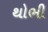
થોભી